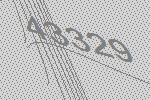
43329